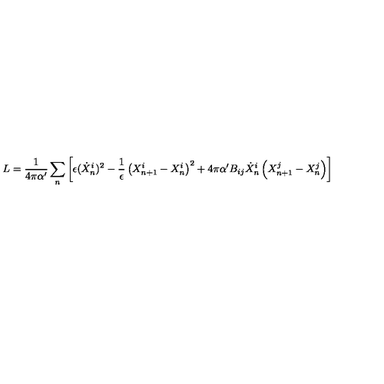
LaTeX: L = \frac { 1 } { 4 \pi \alpha ^ { \prime } } \sum _ { n } \left[ \epsilon ( \dot { X } _ { n } ^ { i } ) ^ { 2 } - \frac { 1 } { \epsilon } \left( X _ { n + 1 } ^ { i } - X _ { n } ^ { i } \right) ^ { 2 } + 4 \pi \alpha ^ { \prime } B _ { i j } \dot { X } _ { n } ^ { i } \left( X _ { n + 1 } ^ { j } - X _ { n } ^ { j } \right) \right]